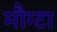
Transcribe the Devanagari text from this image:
मौग्टा